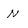
Character: N